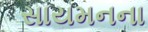
સાયમનના